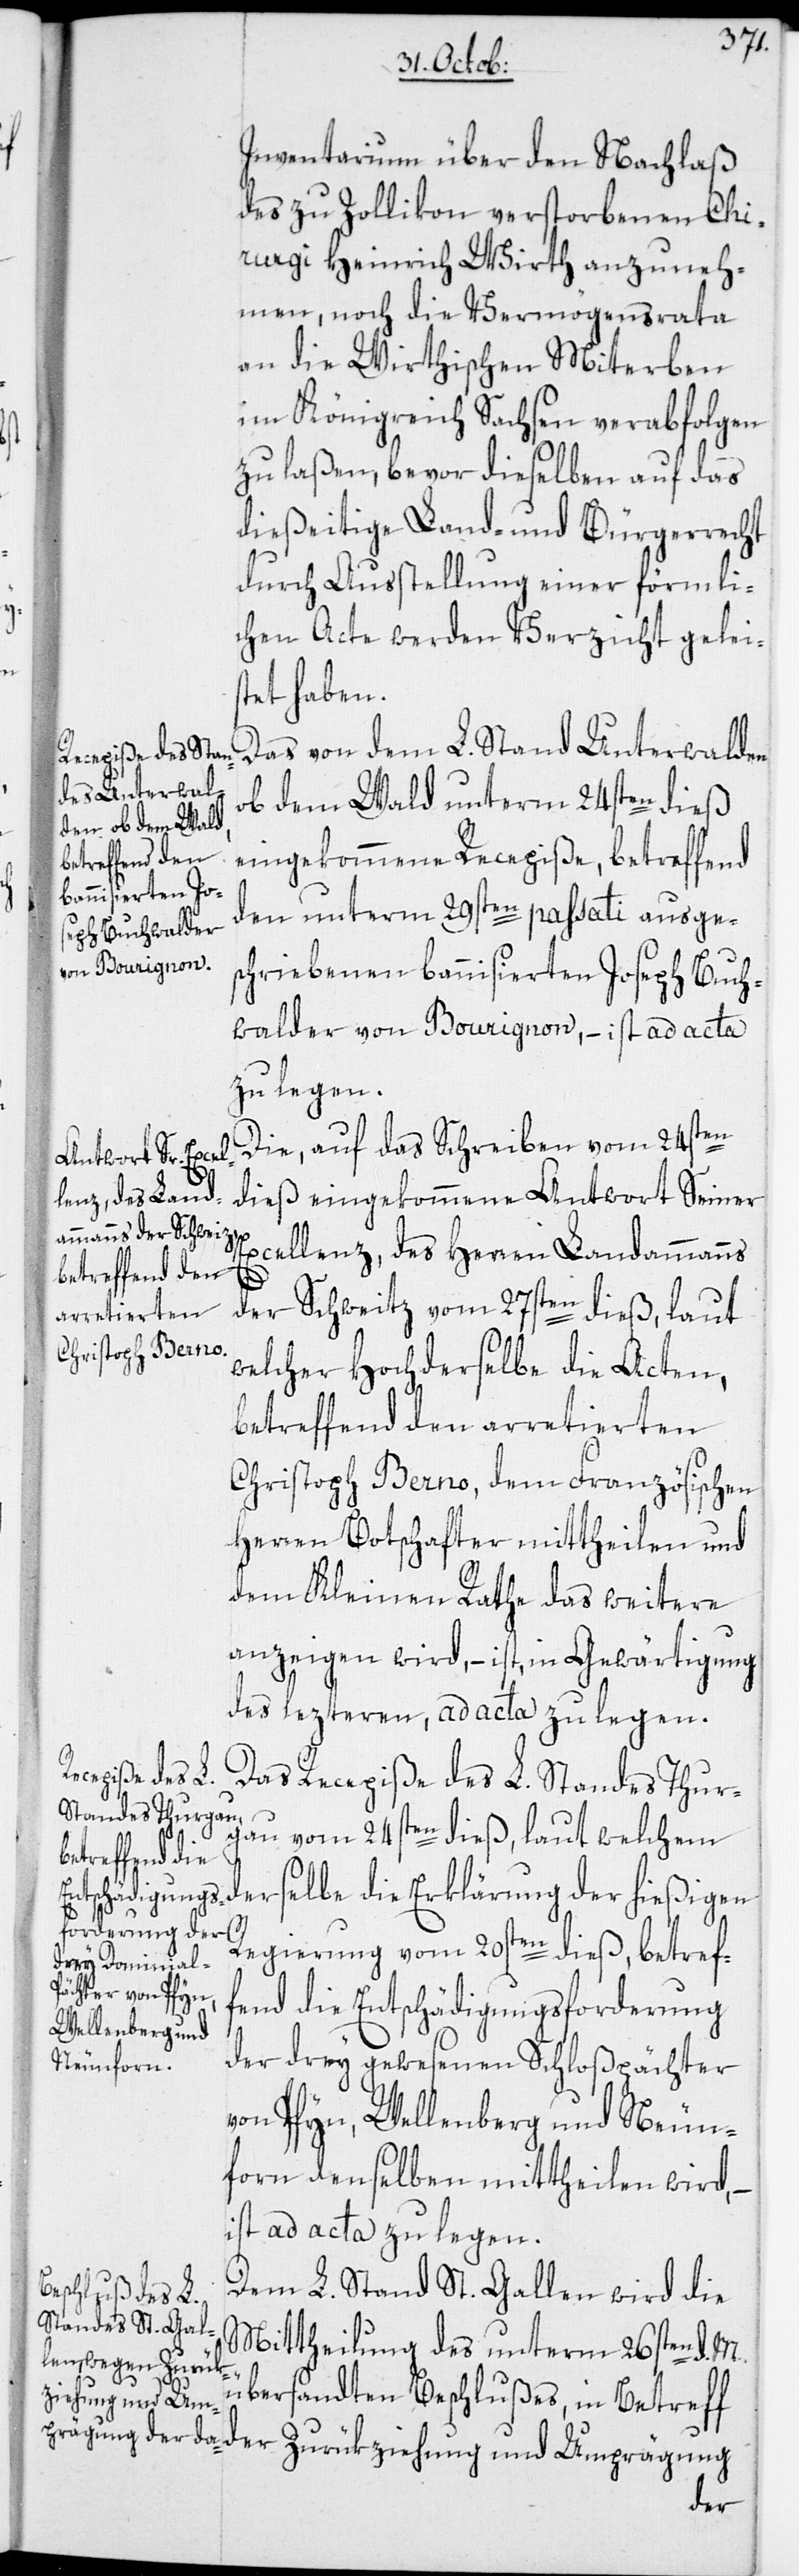
Inventarium über den Nachlaß
des zu Zollikon verstorbenen Chi¬
rurgi Heinrich Wirth anzuneh¬
men, noch die Vermögensrata
an die Wirthischen Miterben
im Königreich Sachsen verabfolgen
zu laßen, bevor dieselben auf das
dießeitige Land- und Bürgerrecht
durch Ausstellung einer förmli¬
chen Acte werden Verzicht geleis¬
tet haben.
Das von dem L. Stand Unterwalden
ob dem Wald unterm 24sten dieß
eingekommene Recepiße, betreffend
den unterm 29sten passati ausges¬
chriebenen bannisierten Joseph Buch¬
walder von Bourignon, – ist ad acta
zu legen.
Die, auf das Schreiben vom 24sten
dieß eingekommene Antwort Seiner
Excellenz, des Herren Landammanns
der Schweitz vom 27sten dieß, laut
welcher Hochderselbe die Acten,
betreffend den arretierten
Christoph Berno, dem Französischen
Herren Botschafter mittheilen und
dem Kleinen Rathe das weitere
anzeigen wird, – ist in Gewärtigung
des lezteren, ad acta zu legen.
Das Recepiße des L. Standes Thur¬
gau vom 24sten dieß, laut welchem
derselbe die
Regierung vom 20sten dieß, betref¬
fend die Entschädigungsforderung
der drey gewesenen Schloßpächter
von Pfyn, Wellenberg und Neun¬
forn denselben mittheilen wird,
ist ad acta zu legen.
Dem L. Stand St. Gallen wird die
Mittheilung des unterm 26sten d. M.
übersandten Beschlußes, in Betreff
der Zurükziehung und Umprägung
der